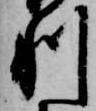
利